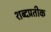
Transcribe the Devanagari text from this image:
शब्दप्रतीक